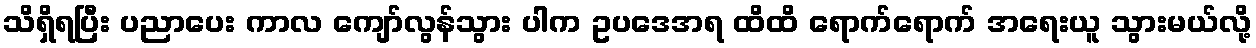
သိရှိရပြီး ပညာပေး ကာလ ကျော်လွန်သွား ပါက ဥပဒေအရ ထိထိ ရောက်ရောက် အရေးယူ သွားမယ်လို့